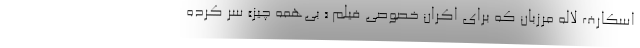
اسکارف لاله مرزبان که برای اکران خصوصی فیلم « بی‌همه چیز» سر کرده